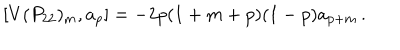
LaTeX: [ V ( P _ { 2 2 } ) _ { m } , a _ { p } ] = - 2 p ( 1 + m + p ) ( 1 - p ) a _ { p + m } \, .